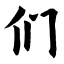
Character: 们